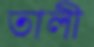
তালী